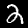
Label: 2